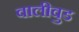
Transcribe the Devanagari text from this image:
वालीवुड